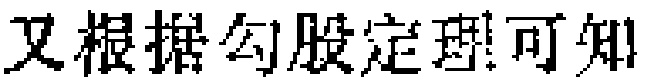
又根据勾股定理可知